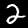
Label: 2